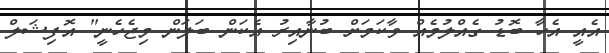
އެއީ އެހާ ބޮޑު ގެއްލުމެއް ވާކަމަށް ބުނާއިރު އެކަން ބަލަން މިޖެހެނީ" އޮފިޝަލް